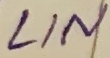
Text: HIN